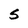
Character: S